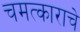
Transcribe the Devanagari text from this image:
चमत्काराचे